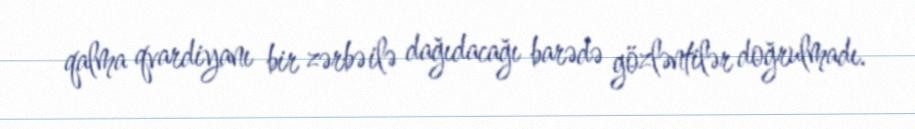
qalma qvardiyanı bir zərbə ilə dağıdacağı barədə gözləntilər doğrulmadı.